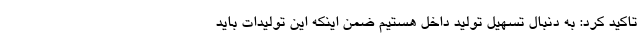
تاکید کرد: به دنبال تسهیل تولید داخل هستیم ضمن اینکه این تولیدات باید